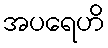
အပရေဟိ